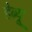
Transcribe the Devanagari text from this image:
हेब्र्यू